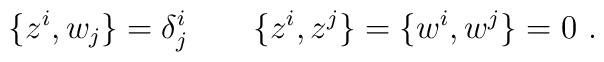
\{z^i,w_j\}=\delta ^i_j\qquad \{z^i,z^j\}=\{w^i,w^j\}=0\ .